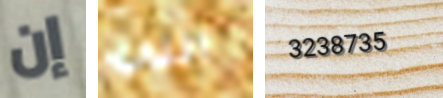
إن التي 3238735